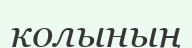
колының